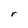
Character: r